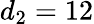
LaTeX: d_{2}=12